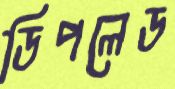
ডিপলেড